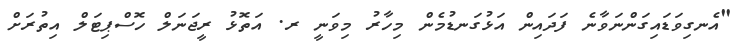
"އެނގިވަޑައިގަންނަވާނެ ފަދައިން އަޅުގަނޑުމެން މިހާރު މިވަނީ ރ. އަތޮޅު ރީޖަނަލް ހޮސްޕިޓަލް އިތުރަށް